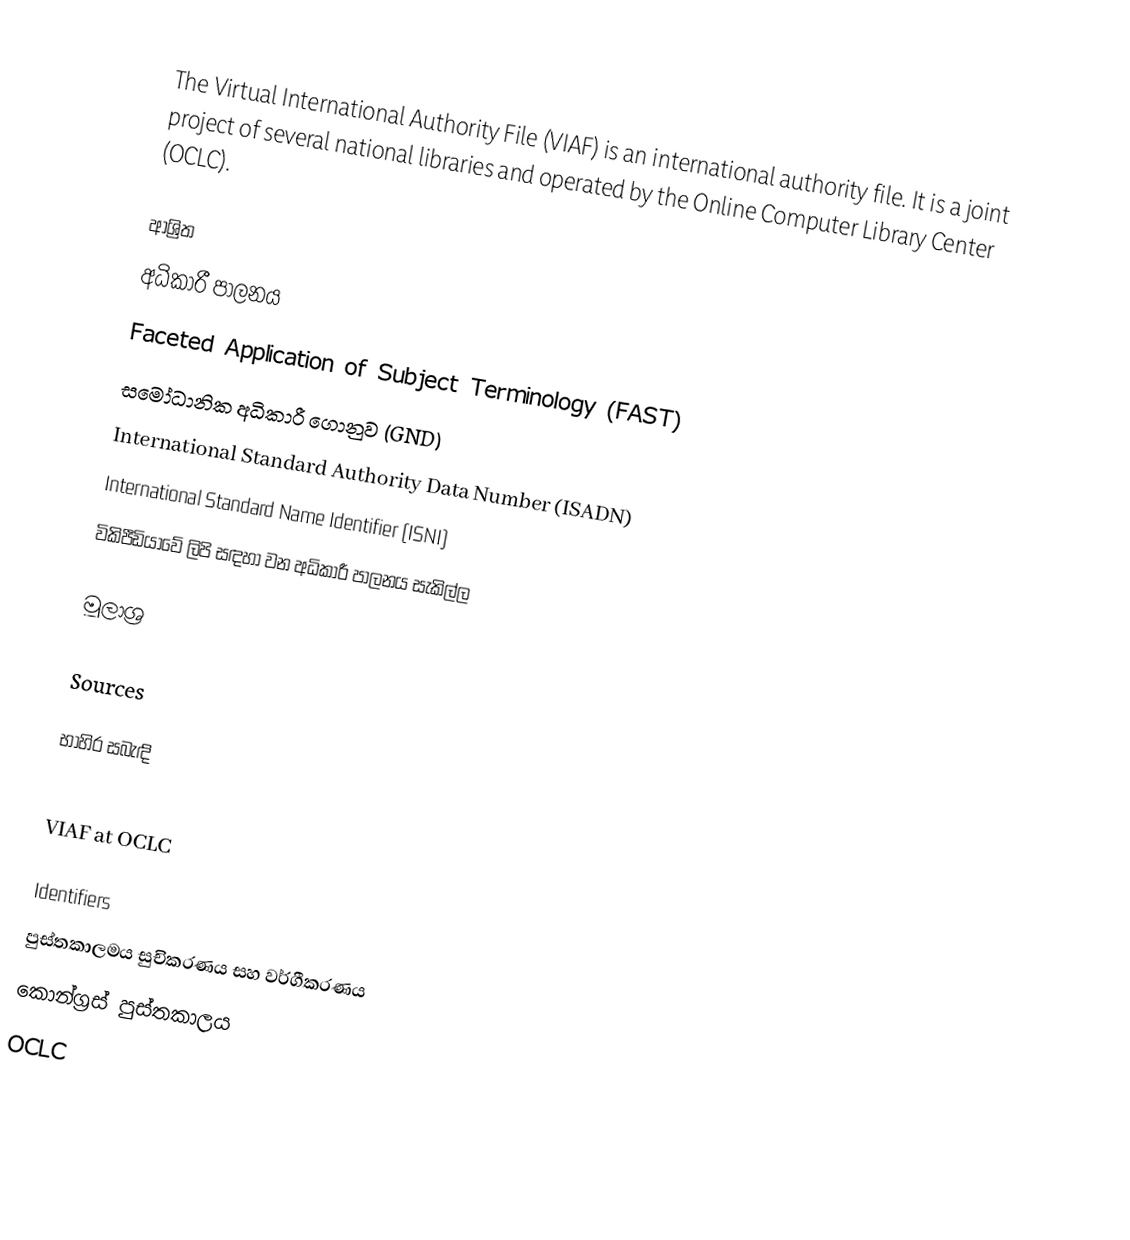
The Virtual International Authority File (VIAF) is an international authority file. It is a joint project of several national libraries and operated by the Online Computer Library Center (OCLC).

ආශ්‍රිත
 අධිකාරී පාලනය
 Faceted Application of Subject Terminology (FAST)
 සමෝධානික අධිකාරී ගොනුව (GND)
 International Standard Authority Data Number (ISADN)
 International Standard Name Identifier (ISNI)
 විකිපීඩියාවේ ලිපි සඳහා වන අධිකාරී පාලනය සැකිල්ල

මූලාශ්‍ර

Sources

භාහිර සබැඳි

 VIAF at OCLC

Identifiers
පුස්තකාලමය සුචිකරණය සහ වර්ගීකරණය
කොන්ග්‍රස් පුස්තකාලය
OCLC